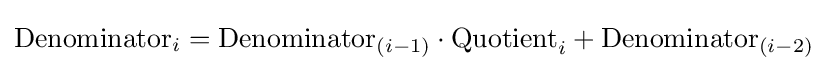
{\text{Denominator}}_{i}={\text{Denominator}}_{(i-1)}\cdot {\text{Quotient}}_{i}+{\text{Denominator}}_{(i-2)}